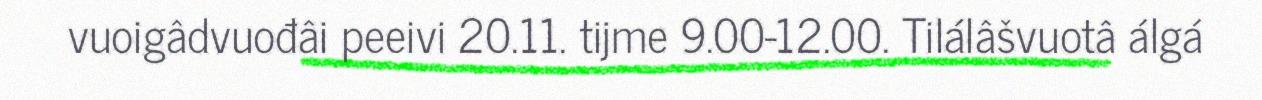
vuoigâdvuođâi peeivi 20.11. tijme 9.00-12.00. Tilálâšvuotâ álgá